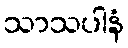
သာသပါနံ